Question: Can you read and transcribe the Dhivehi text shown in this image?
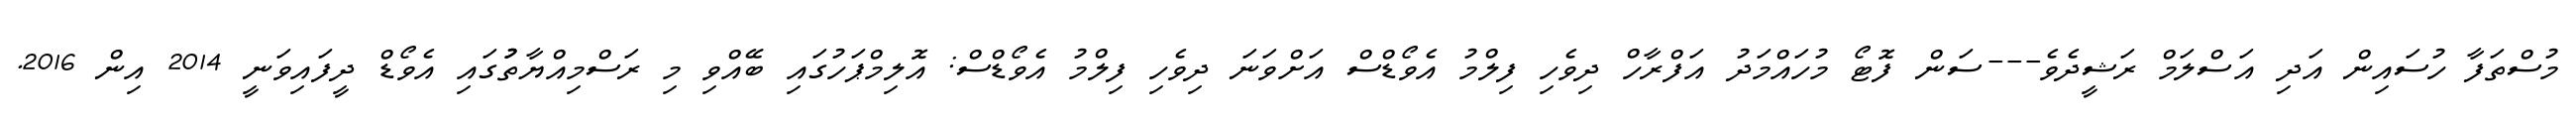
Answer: މުސްތަފާ ހުސައިން އަދި އަސްލަމް ރަޝީދެވެ---ސަން ފޮޓޯ މުހައްމަދު އަފްރާހް ދިވެހި ފިލްމު އެވޯޑްސް އަށްވަނަ ދިވެހި ފިލްމު އެވޯޑްސް: އޮލިމްޕަހުގައި ބޭއްވި މި ރަސްމިއްޔާތުުގައި އެވޯޑް ދީފައިވަނީ 2014 އިން 2016.